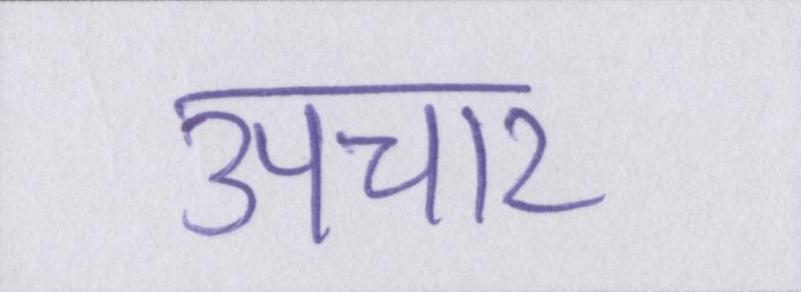
उपचार